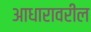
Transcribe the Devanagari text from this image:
आधारावरील